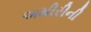
અમીરીની